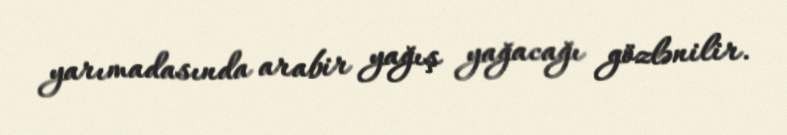
yarımadasında arabir yağış yağacağı gözlənilir.